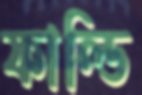
ফাল্ডি